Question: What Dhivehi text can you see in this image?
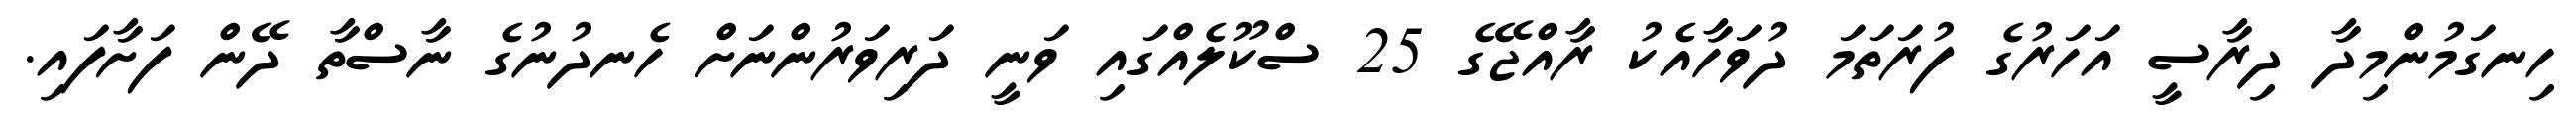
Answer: ހިނގަމުންމިދާ ދިރާސީ އަހަރުގެ ފުރަތަމަ ދުވަހާއެކު ރާއްޖޭގެ 25 ސްކޫލެއްގައި ވަނީ ދަރިވަރުންނަށް ހެނދުނުގެ ނާސްތާ ދޭން ފަށާފައި.